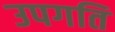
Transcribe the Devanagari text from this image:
उपगति